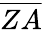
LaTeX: \overline{{ZA}}